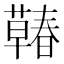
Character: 𰲍